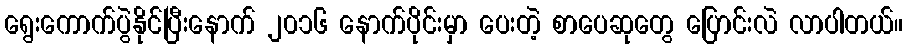
ရွေးကောက်ပွဲနိုင်ပြီးနောက် ၂၀၁၆ နောက်ပိုင်းမှာ ပေးတဲ့ စာပေဆုတွေ ပြောင်းလဲ လာပါတယ်။